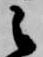
之